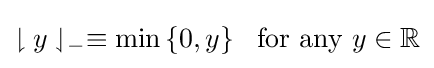
\downharpoonright y\downharpoonleft _{-}\equiv \min \left\{0,y\right\}~{\text{ for any }}y\in \mathbb {R}